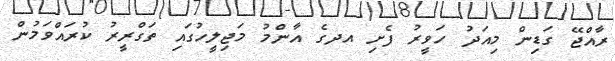
ރާއްޖޭ ގަޑިން މިއަދު ހަވީރު ފެށި އދގެ އާންމު މަޖިލީހުގައި ތަގްރީރު ކުރައްވަމުން